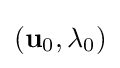
(\mathbf {u} _{0},\lambda _{0})